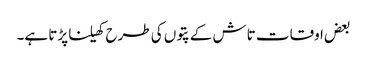
بعض اوقات تاش کے پتوں کی طرح کھیلنا پڑتا ہے۔